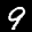
Label: 9